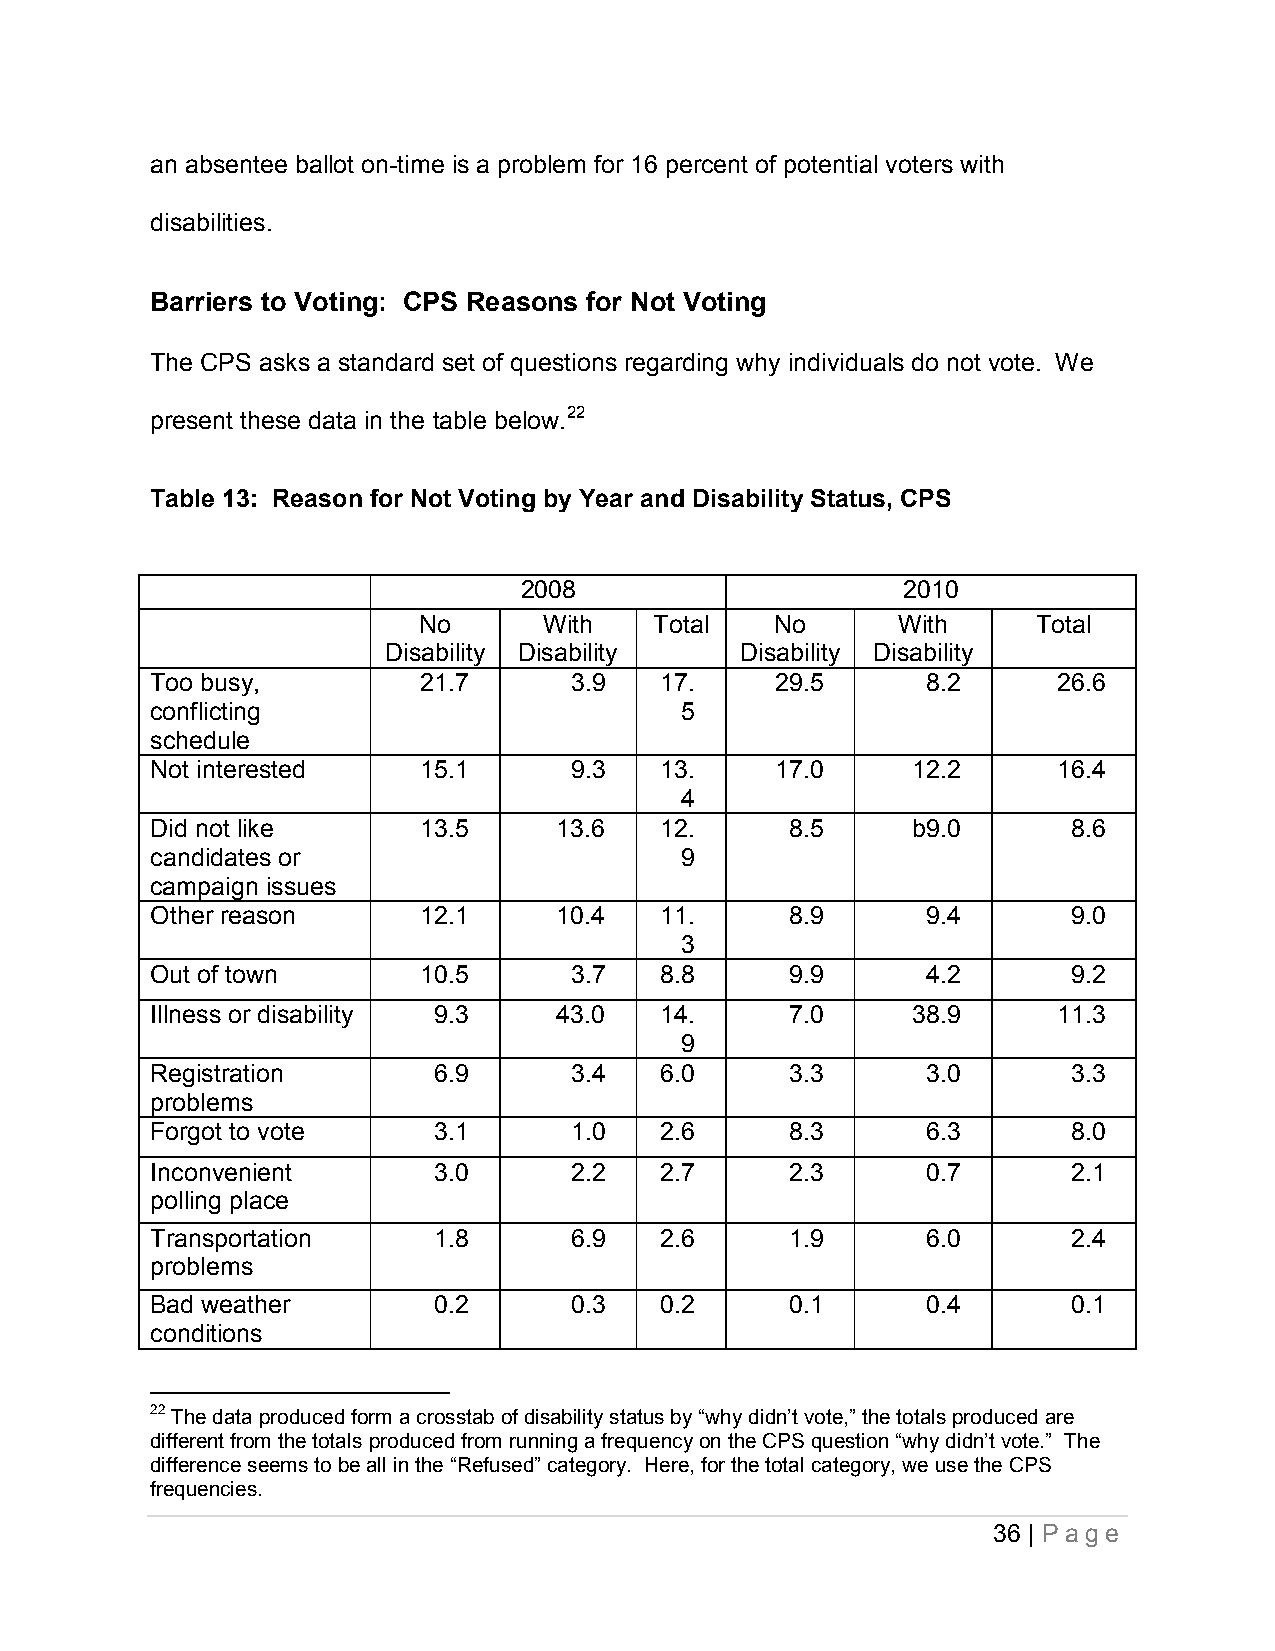
an absentee ballot on-time is a problem for 16 percent of potential voters with
 disabilities.
 Barriers to Voting: CPS Reasons for Not Voting
 The CPS asks a standard set of questions regarding why individuals do not vote. We
 present these data in the table below.22
 Table 13: Reason for Not Voting by Year and Disability Status, CPS
 2008                      2010
 No      With   Total   No      With      Total
 Disability Disability   Disability Disability
 Too busy,         21.7      3.9   17.    29.5      8.2      26.6
 conflicting                        5
 schedule
 Not interested    15.1      9.3   13.    17.0     12.2      16.4
 4
 Did not like      13.5     13.6   12.     8.5     b9.0       8.6
 candidates or                      9
 campaign issues
 Other reason      12.1     10.4   11.     8.9      9.4       9.0
 3
 Out of town       10.5      3.7   8.8     9.9      4.2       9.2
 Illness or disability 9.3  43.0   14.     7.0     38.9      11.3
 9
 Registration       6.9      3.4   6.0     3.3      3.0       3.3
 problems
 Forgot to vote     3.1      1.0   2.6     8.3      6.3       8.0
 Inconvenient       3.0      2.2   2.7     2.3      0.7       2.1
 polling place
 Transportation     1.8      6.9   2.6     1.9      6.0       2.4
 problems
 Bad weather        0.2      0.3   0.2     0.1      0.4       0.1
 conditions
 22 The data produced form a crosstab of disability status by “why didn’t vote,” the totals produced are
 different from the totals produced from running a frequency on the CPS question “why didn’t vote.” The
 difference seems to be all in the “Refused” category. Here, for the total category, we use the CPS
 frequencies.
 36 | P a ge